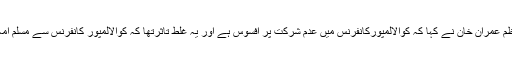
پبلک نیوز: وزیراعظم عمران خان نے کہا کہ کوالالمپورکانفرنس میں عدم شرکت پر افسوس ہے اور یہ غلط تاثرتھا کہ کوالالمپور کانفرنس سے مسلم امہ تقسیم ہوجائے گی۔